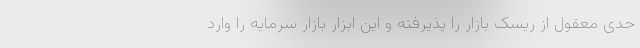
حدی معقول از ریسک بازار را پذیرفته و این ابزار بازار سرمایه را وارد